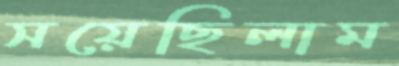
সয়েছিলাম